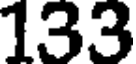
133